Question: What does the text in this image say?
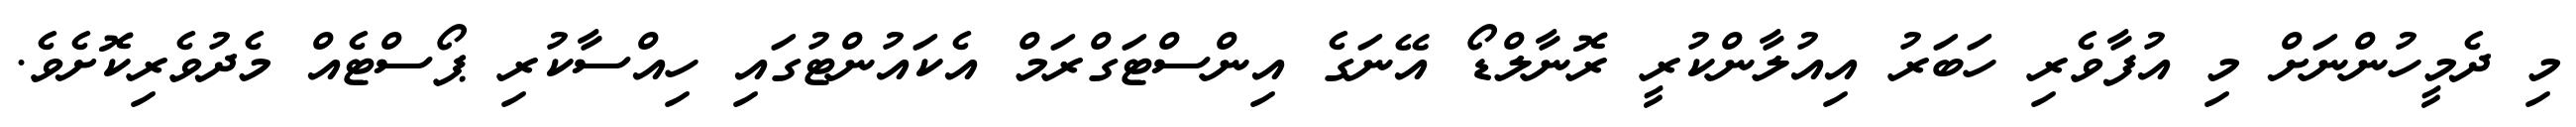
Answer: މި ދެމީހުންނަށް މި އުފާވެރި ހަބަރު އިއުލާންކުރީ ރޮނާލްޑޯ އޭނަގެ އިންސްޓަގްރަމް އެކައުންޓުގައި ހިއްސާކުރި ޕޯސްޓެއް މެދުވެރިކޮށެވެ.